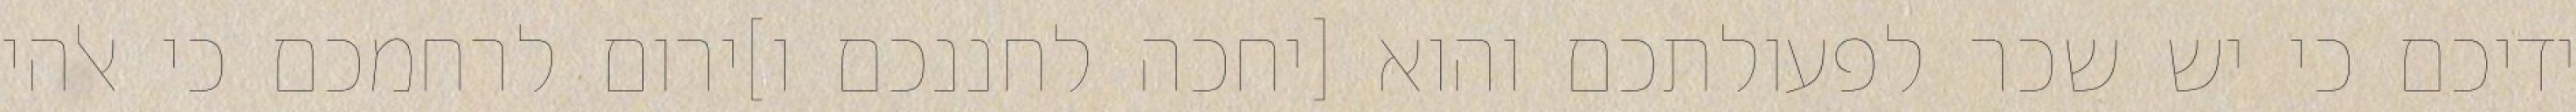
ידיכם כי יש שכר לפעולתכם והוא [יחכה לחננכם ו]ירום לרחמכם כי אלהי